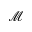
\mathcal { M }